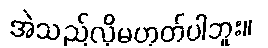
အဲသည်လိုမဟုတ်ပါဘူး။